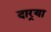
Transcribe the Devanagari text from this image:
दार्‍या